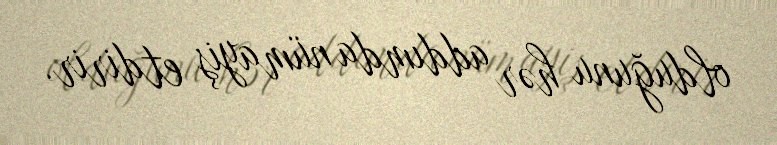
olduğunu hər addımda nümayiş etdirir.